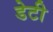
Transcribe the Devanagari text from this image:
डेटी